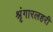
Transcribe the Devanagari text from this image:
श्रृंगारलहरी